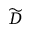
\widetilde { D }